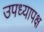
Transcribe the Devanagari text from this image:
उपध्यापक्ष